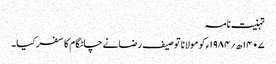
تہنیت نامہ
۱۴۰۷ھ؍۱۹۸۴ء کو مولانا توصیف رضانے چاٹگام کا سفر کیا۔